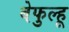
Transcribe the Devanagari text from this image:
बेफुल्हू